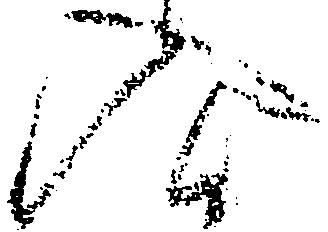
入